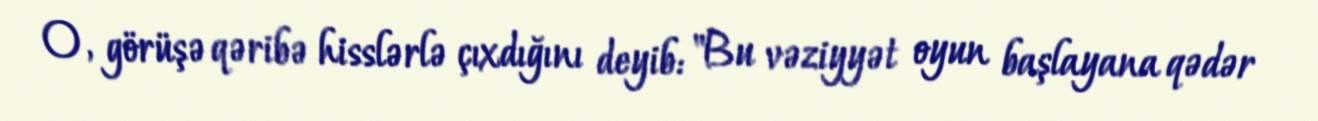
O, görüşə qəribə hisslərlə çıxdığını deyib: "Bu vəziyyət oyun başlayana qədər